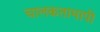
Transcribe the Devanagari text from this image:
चालकतामापी